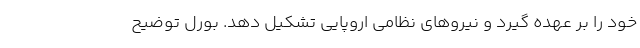
خود را بر عهده گیرد و نیروهای نظامی اروپایی تشکیل دهد. بورل توضیح